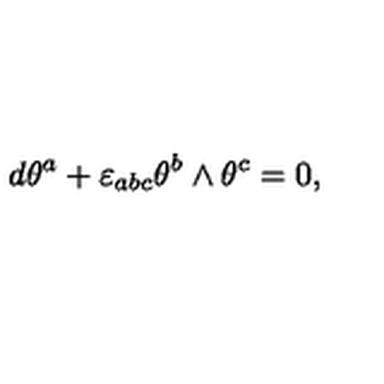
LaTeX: d \theta ^ { a } + \varepsilon _ { a b c } \theta ^ { b } \wedge \theta ^ { c } = 0 ,